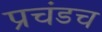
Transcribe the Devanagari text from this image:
प्रचंडच